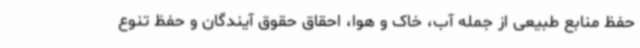
حفظ منابع طبیعی از جمله آب، خاک و هوا، احقاق حقوق آیندگان و حفظ تنوع